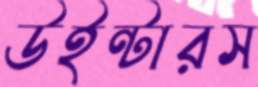
উইন্টারস